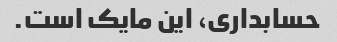
حسابداری، این مایک است.